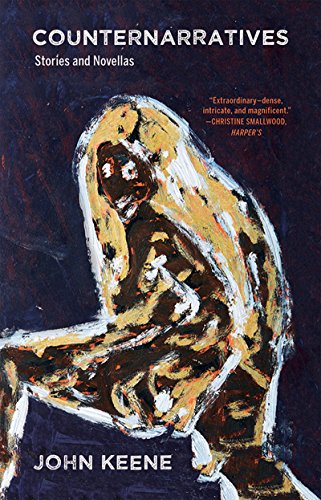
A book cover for Counternarratives; John Keene; Literature & Fiction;